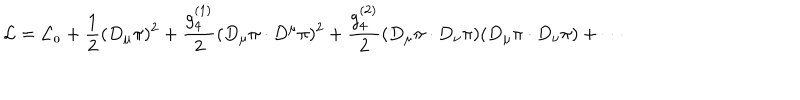
{ \cal L } = { \cal L _ { 0 } } + \frac { 1 } { 2 } ( D _ { \mu } \pi ) ^ { 2 } + \frac { g _ { 4 } ^ { ( 1 ) } } { 2 } ( D _ { \mu } \pi \cdot D ^ { \mu } \pi ) ^ { 2 } + \frac { g _ { 4 } ^ { ( 2 ) } } { 2 } ( D _ { \mu } \pi \cdot D _ { \nu } \pi ) ( D _ { \mu } \pi \cdot D _ { \nu } \pi ) + \cdots